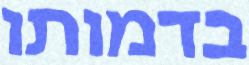
בדמותו